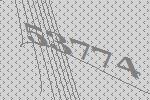
53774